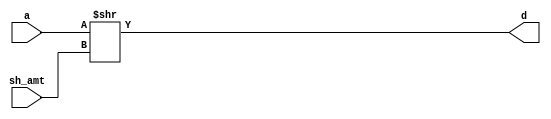
`timescale 1ns / 1ps
//////////////////////////////////////////////////////////////////////////////////
// Name: Andrew Camps, Jason Tran, Steve Miller
// Project: Project 1
// Description: Logicall shifts input sh_amt positions to the right
//////////////////////////////////////////////////////////////////////////////////


module SHR(a, sh_amt, d);

    parameter DATAWIDTH = 64;

    input [DATAWIDTH - 1:0] a;
    input [$clog2(DATAWIDTH) - 1:0] sh_amt;
    
    output reg [DATAWIDTH - 1:0] d;
    
    always @(*) begin
    
        d <= a >> sh_amt;
    
    end
    
endmodule